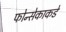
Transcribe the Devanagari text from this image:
फोन्सेकाकडे